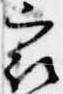
最